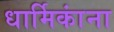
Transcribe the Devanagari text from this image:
धार्मिकांना